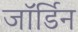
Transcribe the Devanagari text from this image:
जॉर्डिन